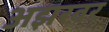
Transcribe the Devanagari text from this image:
अझरवर